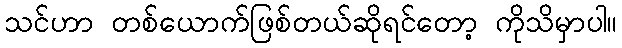
သင်ဟာ တစ်ယောက်ဖြစ်တယ်ဆိုရင်တော့ ကိုသိမှာပါ။